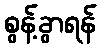
စွန့်ခွာရန်